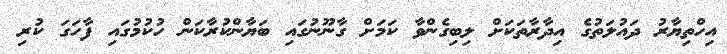
އިހްތިޔާރު ދައުލަތުގެ އިދާރާތަކަށް ލިބިގެންވާ ކަމަށް ގާނޫނުގައި ބަޔާންކުރާކަން ހުކުމުގައި ފާހަގަ ކުރި